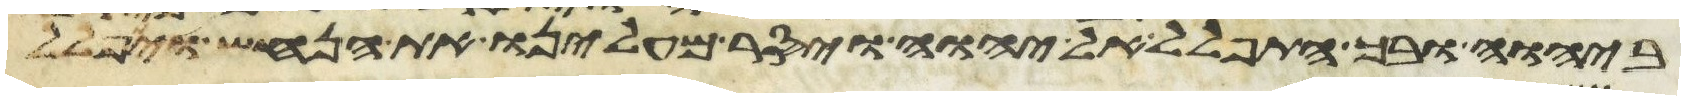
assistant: ביהוה ובך התפלל אל יהוה ויסר מעלינו את הנחש ויתפלל